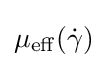
\mu _{\mathrm {eff} }({\dot {\gamma }})